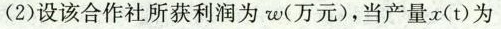
(2)设该合作社所获利润为w(万元)，当产量x(t)为